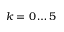
k = 0 \dots 5